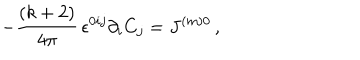
- \frac { ( k + 2 ) } { 4 \pi } \, \epsilon ^ { 0 i j } \partial _ { i } C _ { j } = J ^ { ( m ) 0 } \, ,